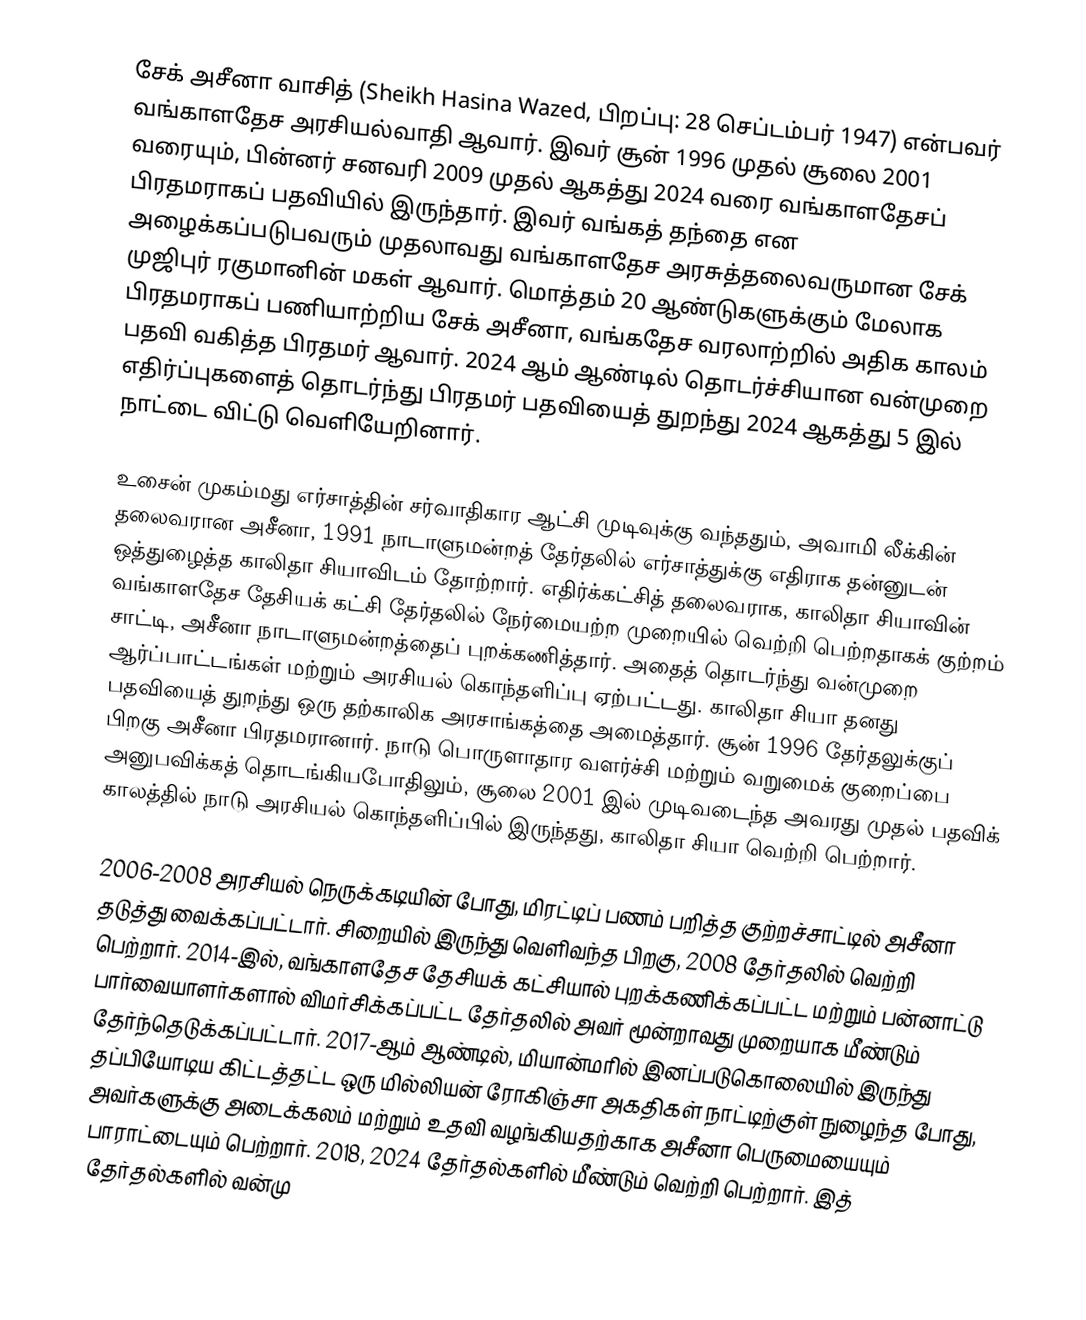
சேக் அசீனா வாசித் (Sheikh Hasina Wazed, பிறப்பு: 28 செப்டம்பர் 1947) என்பவர் வங்காளதேச அரசியல்வாதி ஆவார். இவர் சூன் 1996 முதல் சூலை 2001 வரையும், பின்னர் சனவரி 2009 முதல் ஆகத்து 2024 வரை வங்காளதேசப் பிரதமராகப் பதவியில் இருந்தார். இவர் வங்கத் தந்தை என அழைக்கப்படுபவரும் முதலாவது வங்காளதேச அரசுத்தலைவருமான சேக் முஜிபுர் ரகுமானின் மகள் ஆவார். மொத்தம் 20 ஆண்டுகளுக்கும் மேலாக பிரதமராகப் பணியாற்றிய சேக் அசீனா, வங்கதேச வரலாற்றில் அதிக காலம் பதவி வகித்த பிரதமர் ஆவார். 2024 ஆம் ஆண்டில் தொடர்ச்சியான வன்முறை எதிர்ப்புகளைத் தொடர்ந்து பிரதமர் பதவியைத் துறந்து 2024 ஆகத்து 5 இல் நாட்டை விட்டு வெளியேறினார்.

உசைன் முகம்மது எர்சாத்தின் சர்வாதிகார ஆட்சி முடிவுக்கு வந்ததும், அவாமி லீக்கின் தலைவரான அசீனா, 1991 நாடாளுமன்றத் தேர்தலில் எர்சாத்துக்கு எதிராக தன்னுடன் ஒத்துழைத்த காலிதா சியாவிடம் தோற்றார். எதிர்க்கட்சித் தலைவராக, காலிதா சியாவின் வங்காளதேச தேசியக் கட்சி தேர்தலில் நேர்மையற்ற முறையில் வெற்றி பெற்றதாகக் குற்றம் சாட்டி, அசீனா நாடாளுமன்றத்தைப் புறக்கணித்தார். அதைத் தொடர்ந்து வன்முறை ஆர்ப்பாட்டங்கள் மற்றும் அரசியல் கொந்தளிப்பு ஏற்பட்டது. காலிதா சியா தனது பதவியைத் துறந்து ஒரு தற்காலிக அரசாங்கத்தை அமைத்தார். சூன் 1996 தேர்தலுக்குப் பிறகு அசீனா பிரதமரானார். நாடு பொருளாதார வளர்ச்சி மற்றும் வறுமைக் குறைப்பை அனுபவிக்கத் தொடங்கியபோதிலும், சூலை 2001 இல் முடிவடைந்த அவரது முதல் பதவிக் காலத்தில் நாடு அரசியல் கொந்தளிப்பில் இருந்தது, காலிதா சியா வெற்றி பெற்றார்.

2006-2008 அரசியல் நெருக்கடியின் போது, மிரட்டிப் பணம் பறித்த குற்றச்சாட்டில் அசீனா தடுத்து வைக்கப்பட்டார். சிறையில் இருந்து வெளிவந்த பிறகு, 2008 தேர்தலில் வெற்றி பெற்றார். 2014-இல், வங்காளதேச தேசியக் கட்சியால் புறக்கணிக்கப்பட்ட மற்றும் பன்னாட்டு பார்வையாளர்களால் விமர்சிக்கப்பட்ட தேர்தலில் அவர் மூன்றாவது முறையாக மீண்டும் தேர்ந்தெடுக்கப்பட்டார். 2017-ஆம் ஆண்டில், மியான்மரில் இனப்படுகொலையில் இருந்து தப்பியோடிய கிட்டத்தட்ட ஒரு மில்லியன் ரோகிஞ்சா அகதிகள் நாட்டிற்குள் நுழைந்த போது, அவர்களுக்கு அடைக்கலம் மற்றும் உதவி வழங்கியதற்காக அசீனா பெருமையையும் பாராட்டையும் பெற்றார். 2018, 2024 தேர்தல்களில் மீண்டும் வெற்றி பெற்றார். இத் தேர்தல்களில் வன்மு